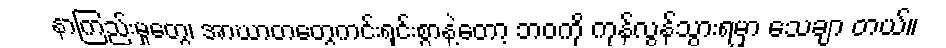
နာကြည်းမှုတွေ၊ အာဃာတတွေကင်းရှင်းစွာနဲ့တော့ ဘဝကို ကုန်လွန်သွားရမှာ သေချာ တယ်။